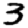
Digit: 3